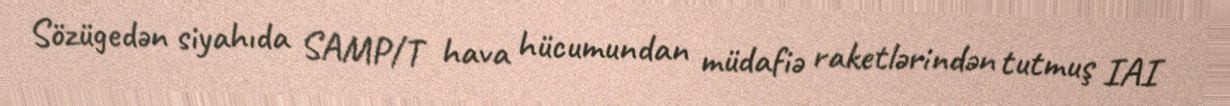
Sözügedən siyahıda SAMP/T hava hücumundan müdafiə raketlərindən tutmuş IAI